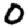
Digit: 0